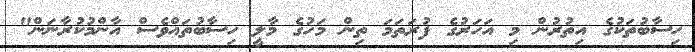
ހިސާބުތަކުގެ އިތުރުން މި އަހަރުގެ ފުރަތަމަ ތިން މަހުގެ މާލީ ހިސާބުތައްވެސް އާންމުކުރާނަން"